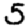
Digit: 5